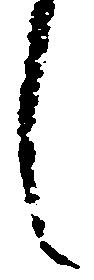
し